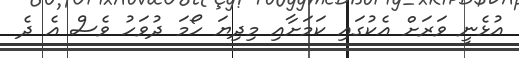
އުޅެނީ ވަރަށް އެކުގައި ކަމަށާއި މިދިޔަ ހޯމަ ދުވަހު ވެސް އެ ދެ